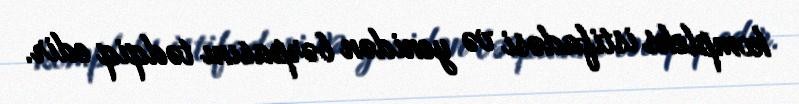
kompleks istifadəsi və yenidən bərpasını tədqiq edir.